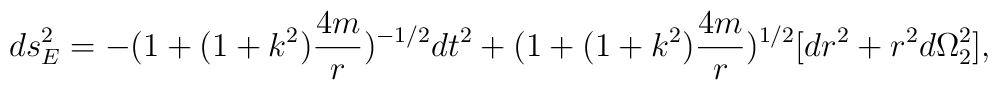
ds^2_{E} = - (1+ (1+k^2)\frac{4m}{r})^{-1/2} dt^2 +(1+ (1+k^2)\frac{4m}{r})^{1/2} [dr^2 + r^2 d\Omega_{2}^{2}],